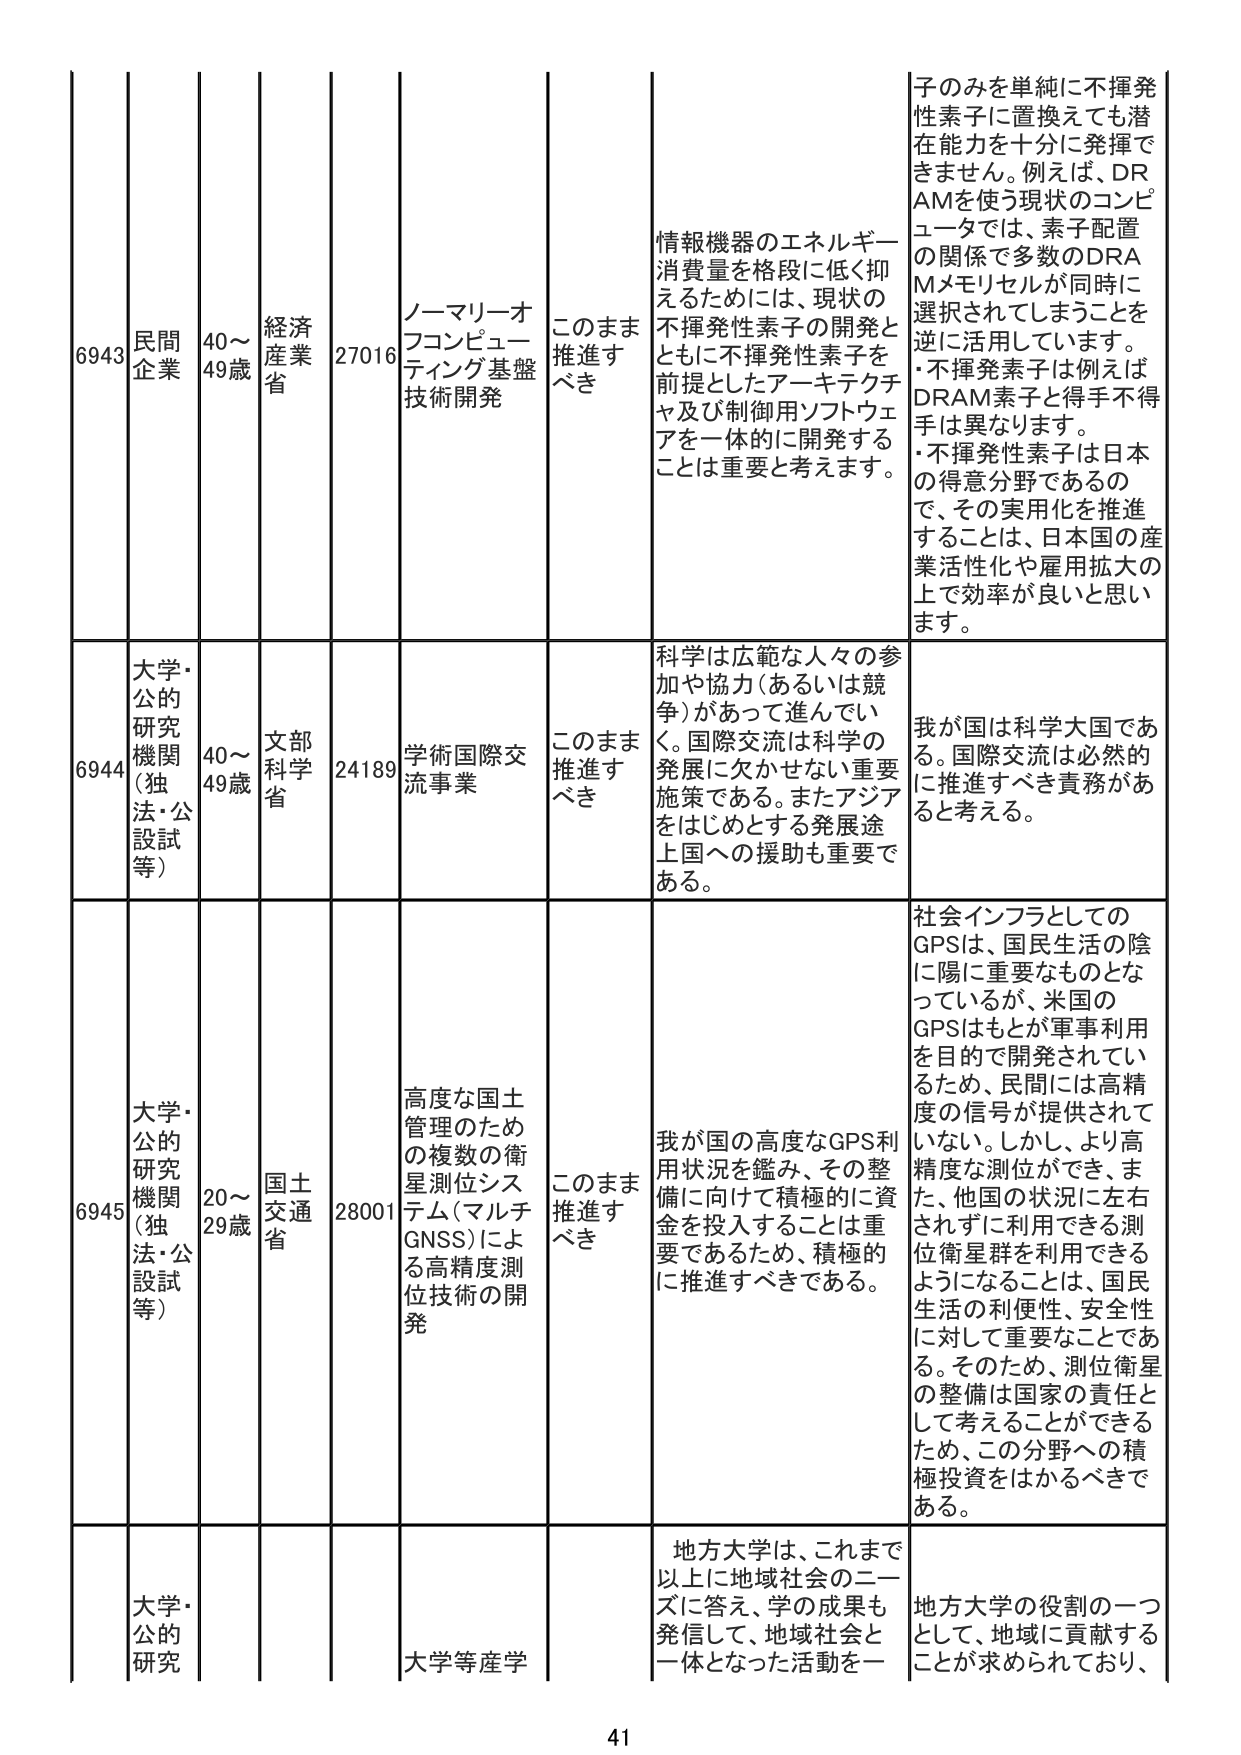
6943 民間企業 40～49歳 経済産業省 27016 ノーマリーオフコンピューティング基盤技術開発 このまま推進すべき 情報機器のエネルギー消費量を格段に低く抑えるためには、現状の不揮発性素子の開発とともに不揮発性素子を前提としたアーキテクチャ及び制御用ソフトウェアを一体的に開発することは重要と考えます。 子のみを単純に不揮発性素子に置換えても潜在能力を十分に発揮できません。例えば、DRAMを使う現状のコンピュータでは、素子配置の関係で多数のDRAMメモリセルが同時に選択されてしまうことを逆に活用しています。・不揮発素子は例えばDRAM素子と得手不得手は異なります。・不揮発性素子は日本の得意分野であるので、その実用化を推進することは、日本国の産業活性化や雇用拡大の上で効率が良いと思います。

6944 大学・公的研究機関（独法・公設試等） 40～49歳 文部科学省 24189 学術国際交流事業 このまま推進すべき 科学は広範な人々の参加や協力（あるいは競争）があって進んでいく。国際交流は科学の発展に欠かせない重要施策である。またアジアをはじめとする発展途上国への援助も重要である。 我が国は科学大国である。国際交流は必然的に推進すべき責務があると考える。

6945 大学・公的研究機関（独法・公設試等） 20～29歳 国土交通省 28001 高度な国土管理のための複数の衛星測位システム（マルチGNSS）による高精度測位技術の開発 このまま推進すべき 我が国の高度なGPS利用状況を鑑み、その整備に向けて積極的に資金を投入することは重要であるため、積極的に推進すべきである。 社会インフラとしてのGPSは、国民生活の陰に陽に重要なものとなっているが、米国のGPSはもとが軍事利用を目的で開発されているため、民間には高精度の信号が提供されていない。しかし、より高精度な測位ができ、また、他国の状況に左右されずに利用できる測位衛星群を利用できるようになることは、国民生活の利便性、安全性に対して重要なことである。そのため、測位衛星の整備は国家の責任として考えることができるため、この分野への積極投資をはかるべきである。

大学・公的研究 大学等産学 地方大学は、これまで以上に地域社会のニーズに答え、学の成果も発信して、地域社会と一体となった活動を一 地方大学の役割の一つとして、地域に貢献することが求められており、

41